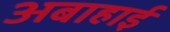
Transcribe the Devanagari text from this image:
अबाहाई